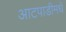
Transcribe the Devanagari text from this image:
आटपाडीमधे